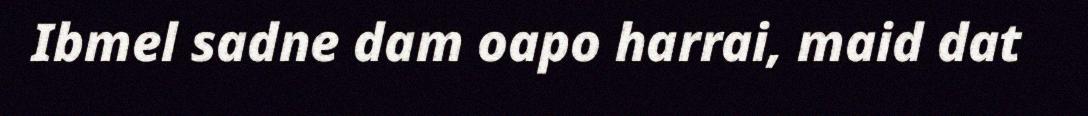
Ibmel sadne dam oapo harrai, maid dat